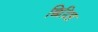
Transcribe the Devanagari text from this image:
छिद्रिष्ठ